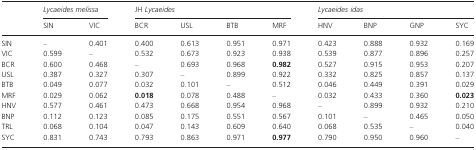
<table><thead><tr><td>[EMPTY_CELL]</td><td colspan="2"><b><i>Lycaeides melissa</i></b></td><td colspan="4"><b>JH <i>Lycaeides</i></b></td><td colspan="4"><b><i>Lycaeides idas</i></b></td></tr><tr><td>[EMPTY_CELL]</td><td><b>SIN</b></td><td><b>VIC</b></td><td><b>BCR</b></td><td><b>USL</b></td><td><b>BTB</b></td><td><b>MRF</b></td><td><b>HNV</b></td><td><b>BNP</b></td><td><b>GNP</b></td><td><b>SYC</b></td></tr></thead><tbody><tr><td>SIN</td><td>–</td><td>0.401</td><td>0.400</td><td>0.613</td><td>0.951</td><td>0.971</td><td>0.423</td><td>0.888</td><td>0.932</td><td>0.169</td></tr><tr><td>VIC</td><td>0.599</td><td>–</td><td>0.532</td><td>0.673</td><td>0.923</td><td>0.938</td><td>0.539</td><td>0.877</td><td>0.896</td><td>0.257</td></tr><tr><td>BCR</td><td>0.600</td><td>0.468</td><td>–</td><td>0.693</td><td>0.968</td><td><b>0.982</b></td><td>0.527</td><td>0.915</td><td>0.953</td><td>0.207</td></tr><tr><td>USL</td><td>0.387</td><td>0.327</td><td>0.307</td><td>–</td><td>0.899</td><td>0.922</td><td>0.332</td><td>0.825</td><td>0.857</td><td>0.137</td></tr><tr><td>BTB</td><td>0.049</td><td>0.077</td><td>0.032</td><td>0.101</td><td>–</td><td>0.512</td><td>0.046</td><td>0.449</td><td>0.391</td><td>0.029</td></tr><tr><td>MRF</td><td>0.029</td><td>0.062</td><td><b>0.018</b></td><td>0.078</td><td>0.488</td><td>–</td><td>0.032</td><td>0.433</td><td>0.360</td><td><b>0.023</b></td></tr><tr><td>HNV</td><td>0.577</td><td>0.461</td><td>0.473</td><td>0.668</td><td>0.954</td><td>0.968</td><td>–</td><td>0.899</td><td>0.932</td><td>0.210</td></tr><tr><td>BNP</td><td>0.112</td><td>0.123</td><td>0.085</td><td>0.175</td><td>0.551</td><td>0.567</td><td>0.101</td><td>–</td><td>0.465</td><td>0.050</td></tr><tr><td>TRL</td><td>0.068</td><td>0.104</td><td>0.047</td><td>0.143</td><td>0.609</td><td>0.640</td><td>0.068</td><td>0.535</td><td>–</td><td>0.040</td></tr><tr><td>SYC</td><td>0.831</td><td>0.743</td><td>0.793</td><td>0.863</td><td>0.971</td><td><b>0.977</b></td><td>0.790</td><td>0.950</td><td>0.960</td><td>–</td></tr></tbody></table>